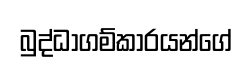
බුද්ධාගම්කාරයන්ගේ